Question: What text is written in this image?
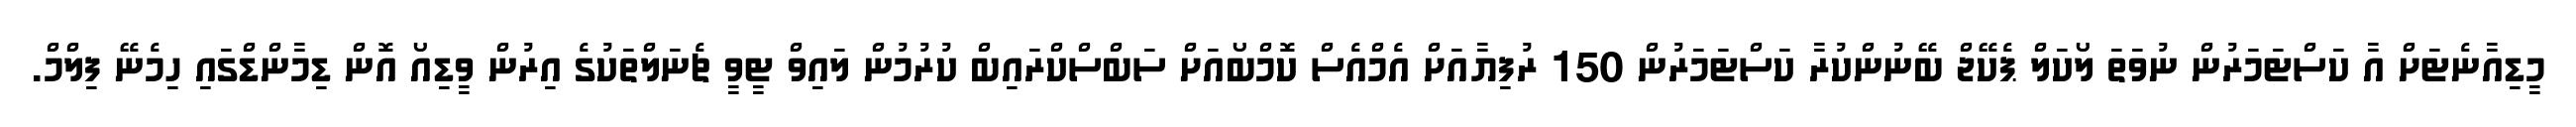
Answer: މީޑިއާނެޓަށް އާ ކަސްޓަމަރުން ނުވަތަ ލޯކަލް ޕެކޭޖް ބޭނުންކުރާ ކަސްޓަމަރުން 150 ރުފިޔާއަށް އެމްއެސް ކޮމްބޯއަށް ސަބްސްކްރައިބް ކުރުމުން ލައިވް ޓީވީ ޗެނަލްތަކުގެ އިރުން ވީޑިއޯ އޮން ޑިމާންޑްގައި ހިމެނޭ ފިލްމް.